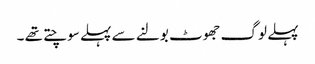
پہلے لوگ جھوٹ بولنے سے پہلے سوچتے تھے ۔